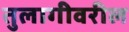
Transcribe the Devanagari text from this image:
तुलागीवरील